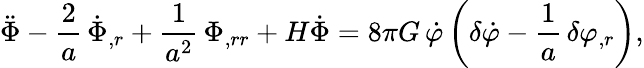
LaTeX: \ddot{\Phi}-\frac{2}{a}\, \dot{\Phi}_{,r}+\frac{1}{a^{2}}\, \Phi_{,rr}+H\dot{\Phi}=8\pi G\, \dot{\varphi}\left(\delta\dot{\varphi}-\frac{1}{a}\, \delta\varphi_{,r}\right),